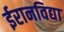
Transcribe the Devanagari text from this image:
ईरानविद्या